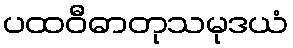
ပထဝီဓာတုသမုဒယံ